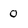
Character: 0